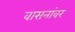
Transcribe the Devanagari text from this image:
वासनांवर